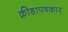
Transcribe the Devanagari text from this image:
क्रीडापत्रकार